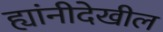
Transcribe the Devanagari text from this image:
ह्यांनीदेखील